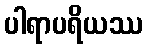
ပါရာပရိယဿ